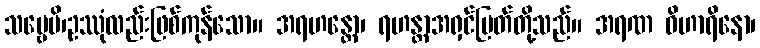
သဗ္ဗေပိ၊ဥဿုံလည်းဖြစ်ကုန်သော။ အရဟန္တော၊ ရဟန္တာအရှင်မြတ်တို့သည်။ အရဏ ဝိဟာရိနော၊